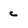
Character: c